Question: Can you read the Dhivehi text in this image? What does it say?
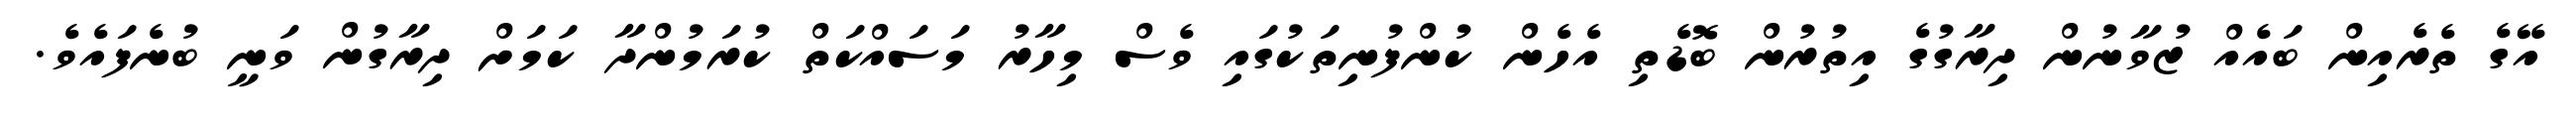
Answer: އޭގެ ތެރެއިން ބައެއް ޒުވާނުން ދިރާގުގެ އިތުރުން ބޮޑެތި އެހެން ކުންފުނިތަކުގައި ވެސް މިހާރު މަސައްކަތް ކުރަމުންދާ ކަމަށް ދިރާގުން ވަނީ ބުނެފައެވެ.